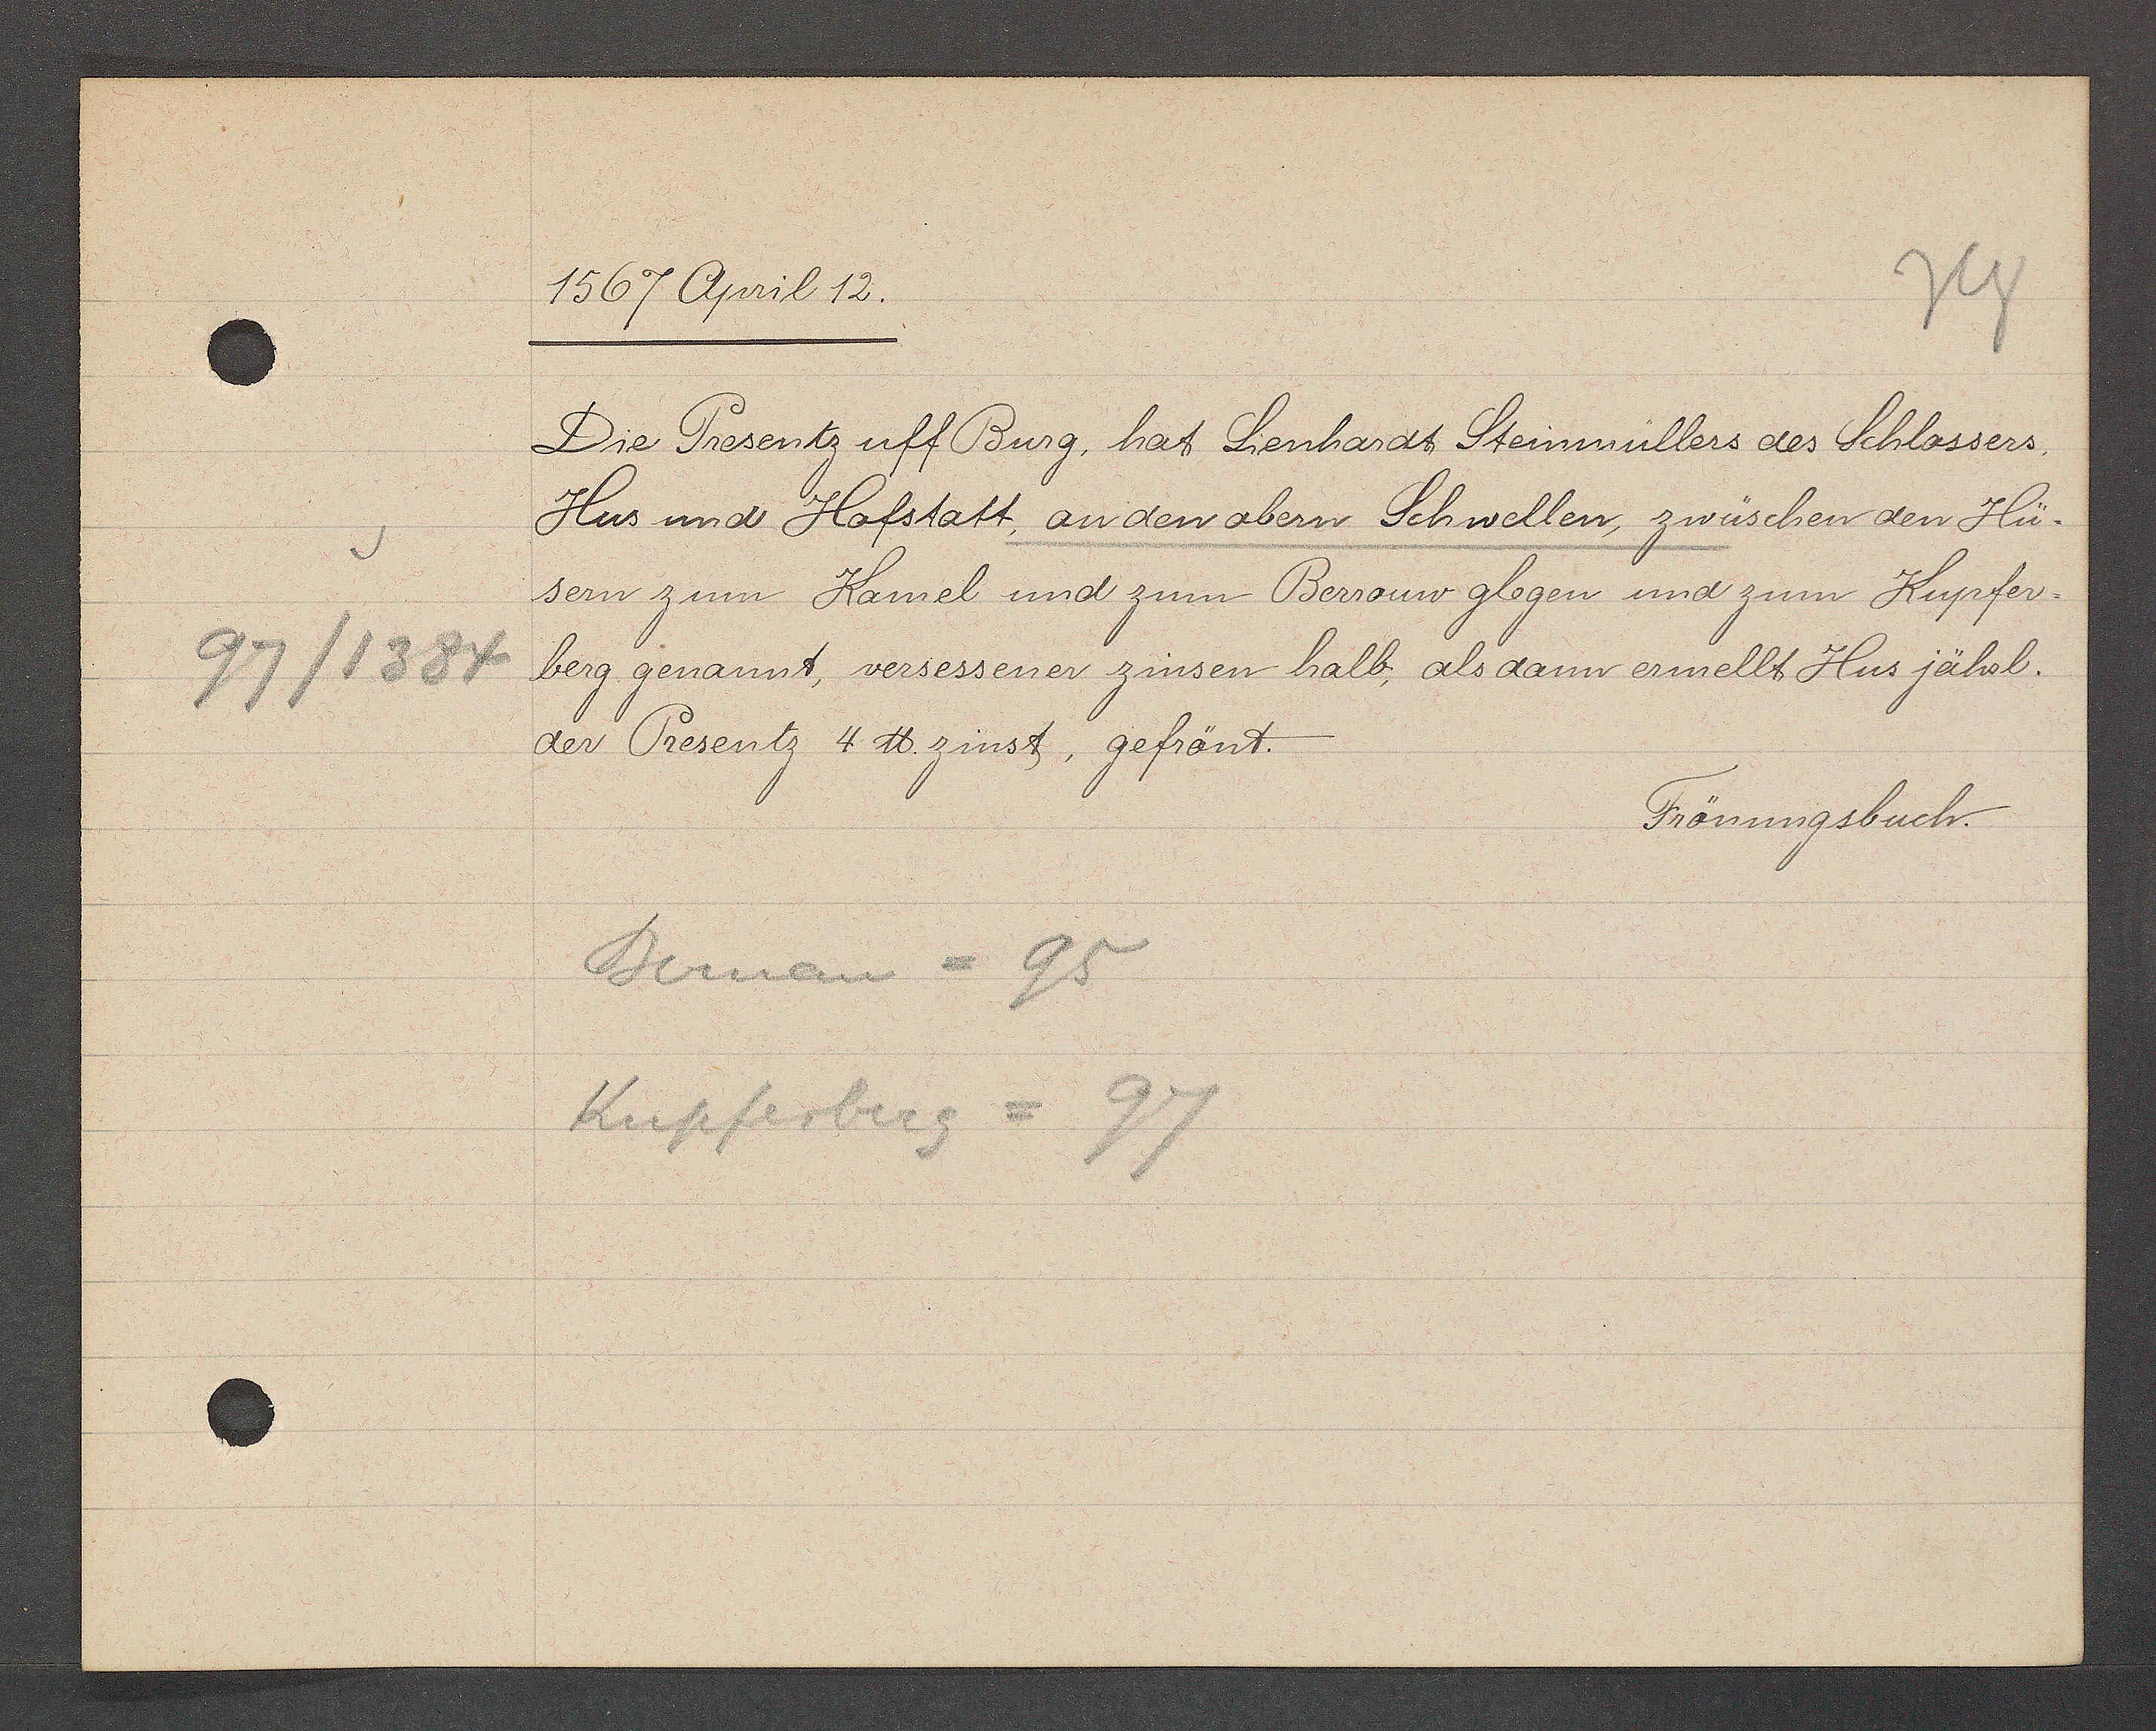
Transcript:
97/1384

1567 April 12.

Die Presentz uff Burg, hat Lienhardt Steinmüllers des Schlossers
Hus und Hofstatt, an den obern Schwellen, zwüschen den Hü-
sern zum Kamel und zum Bernouw glegen und zum Kupfer¬
berg genannt, versessener zinsen halb, als dan ermellt Hus jährl.
der Presentz 4 ℔ zinst, gefrönt.

Bernau = 95
Kupferberg = 97

Fröungsbuch.